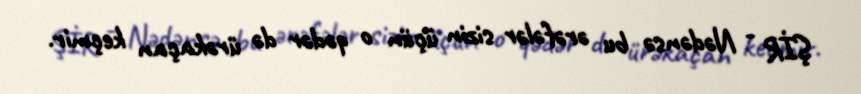
ŞİR - Nədənsə bu ərəfələr sizin üçün o qədər də ürəkaçan keçmir.